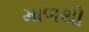
માળથી